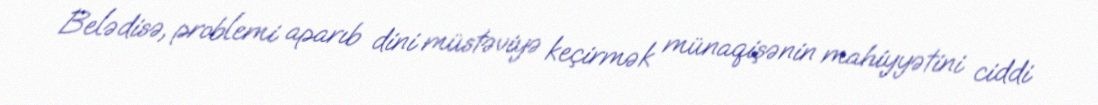
Belədisə, problemi aparıb dini müstəviyə keçirmək münaqişənin mahiyyətini ciddi